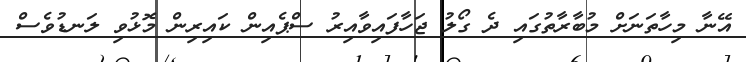
އޭނާ މިހާތަނަށް މުބާރާތުގައި ދެ ގޯލު ޖަހާފައިވާއިރު ސްޕެއިން ކައިރިން މޮޅުވި ލަނޑުވެސް